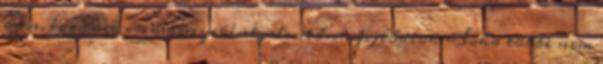
ezen, és ennek eredményeként jelentősen fejlődtök. Soha többé nem